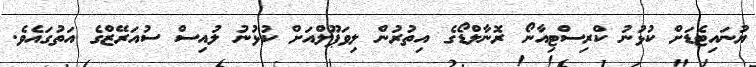
ޔުނައިޓެޑަށް ކުޅުނު ކްރިސްޓިއާނޯ ރޮނާލްޑޯގެ އިތުރުން ލިވަޕޫލްއަށް ކުޅުނު ލުއިސް ސުއަރޭޒްގެ އަތުގައެވެ.